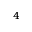
^ 4